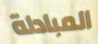
المبادلة